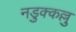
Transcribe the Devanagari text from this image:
नडुक्कल्लु